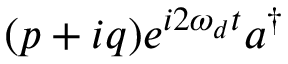
( p + i q ) e ^ { i 2 \omega _ { d } t } a ^ { \dagger }